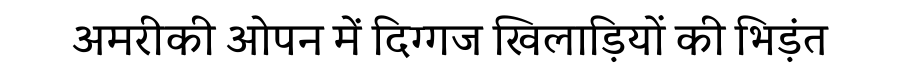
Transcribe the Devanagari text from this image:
अमरीकी ओपन में दिग्गज खिलाड़ियों की भिड़ंत